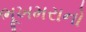
ભૂખમરાનો